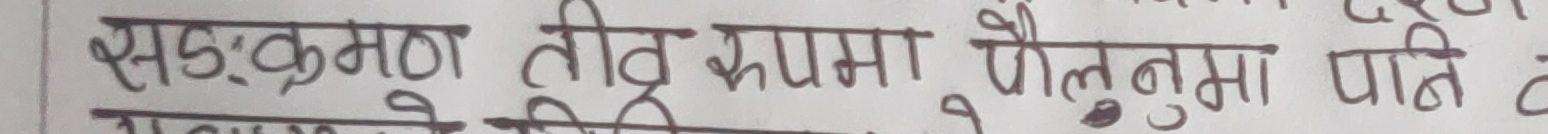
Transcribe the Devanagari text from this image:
सङ्क्रमण तीब्र रूपमा फैलुनुमा प्रति ट